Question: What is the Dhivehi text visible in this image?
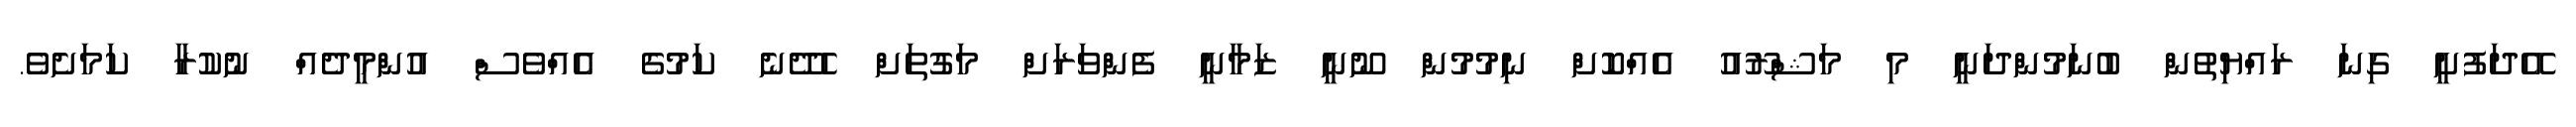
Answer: އޭދަފުށީ ގިނަ ރައްޔިތުން ބުނަމުންދަނީ މި މަޝްރޫއު އެއްކޮށް ނިމުމުން ނޫނީ ޒަމާނީ ފެންވަރަށް މަގުތަށް ހެދޭނެ ކަމުގެ އެއްވެސް އުންމީދެއް ނުކުރާ ކަމަށެވެ.